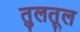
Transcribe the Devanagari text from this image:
तुलतूल